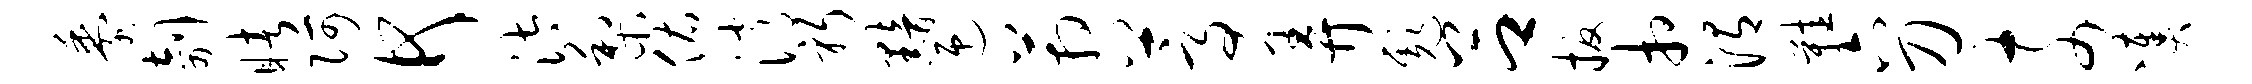
黍剞睹阿何汰梨佑消躬黯迎箱蒿弄彪吕扳相渭鞋六刀奈凑